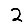
Digit: 2